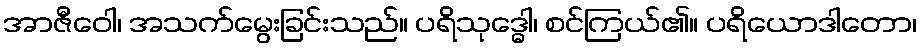
အာဇီဝေါ၊ အသက်မွေးခြင်းသည်။ ပရိသုဒ္ဓေါ၊ စင်ကြယ်၏။ ပရိယောဒါတော၊